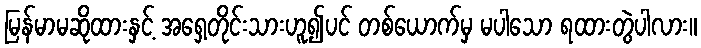
မြန်မာမဆိုထားနှင့် အရှေ့တိုင်းသားဟူ၍ပင် တစ်ယောက်မှ မပါသော ရထားတွဲပါလား။